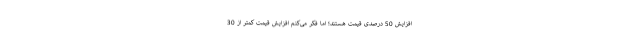
افزایش 50 درصدی قیمت هستند؛ اما فکر می‌کنم افزایش قیمت کمتر از 30